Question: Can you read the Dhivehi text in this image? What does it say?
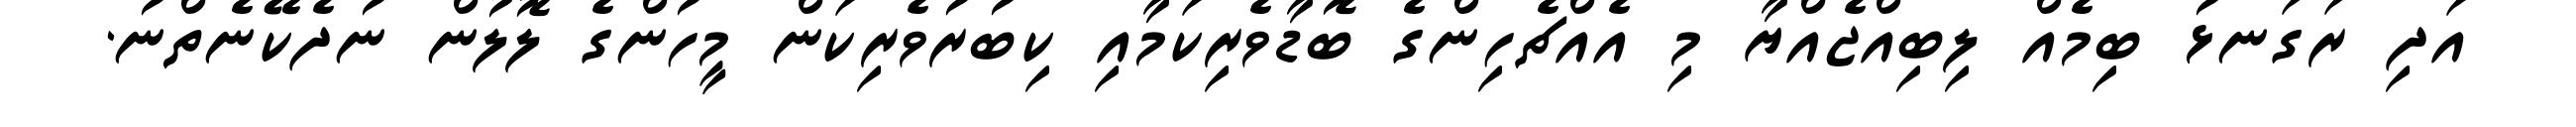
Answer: އަދި ރަގަނޅު ބިމެއް ލިބިއްޖެއްޔާ މި އެއްޗެހިންގެ ބޮޑާވެރިކަމާއި ކިބުރުވެރިކަން މީހުންގެ ލޮލުން ނުދެކޭނެތްނު.